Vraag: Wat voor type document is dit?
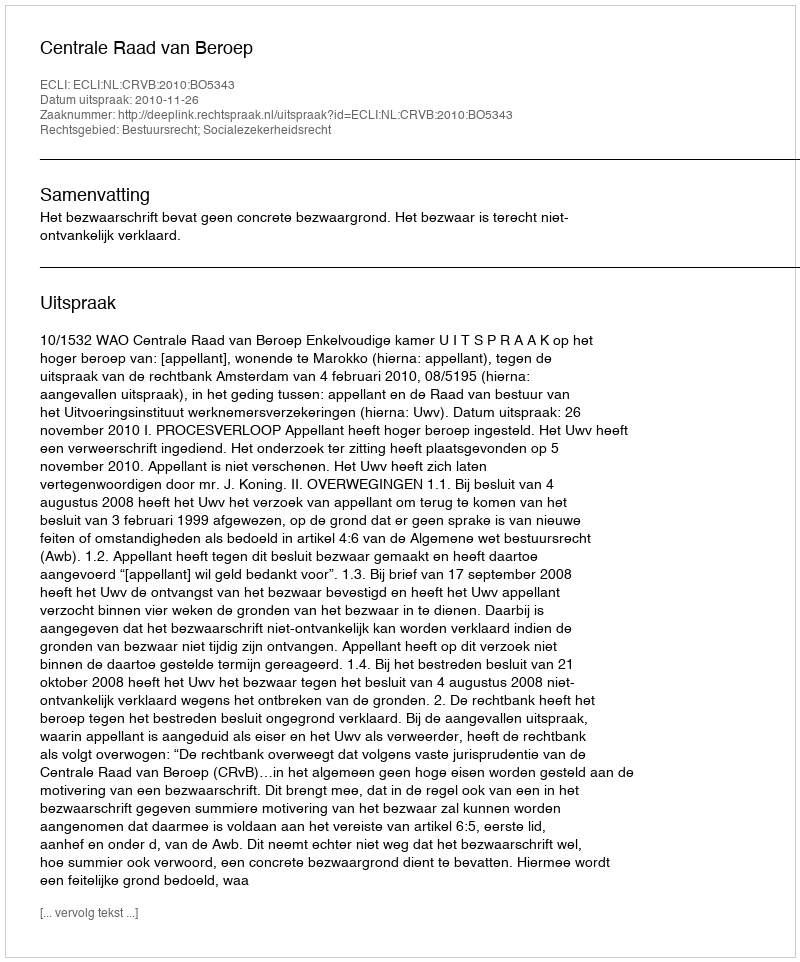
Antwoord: Uitspraak